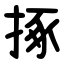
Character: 㧻